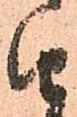
由